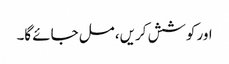
اور کوشش کریں، مل جائے گا۔